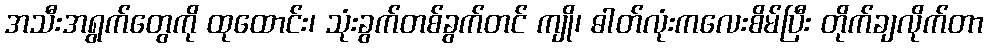
အသီးအရွက်တွေကို ထုထောင်း၊ သုံးခွက်တစ်ခွက်တင် ကျို၊ ဓါတ်လုံးကလေးစိမ်ပြီး တိုက်ချလိုက်တာ